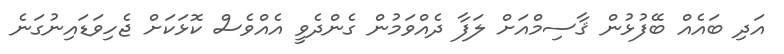
އަދި ބައެއް ބޭފުޅުން ޤާސިމްއަށް ލަފާ ދެއްވަމުން ގެންދެވީ އެއްވެސް ކޮޅަކަށް ޖެހިވަޑައިނުގަނެ